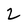
Character: 2